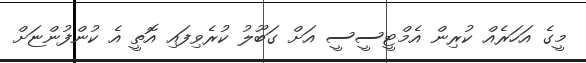
މީގެ އަހަރެއް ކުރިން އެމްޓީސީސީ އަށް ގަބޫލު ކުރެވިފައި އޮތީ އެ ކުންފުންޏަށް